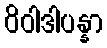
ဝိဝါဒါပန္နာ